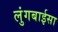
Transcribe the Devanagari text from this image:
लुंगबाईसा